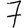
Digit: 7